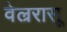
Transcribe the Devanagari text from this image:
वेल्ररासू